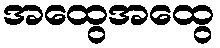
အထွေအထွေ